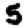
Digit: 5